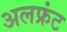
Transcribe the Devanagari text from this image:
अलफ्रंट